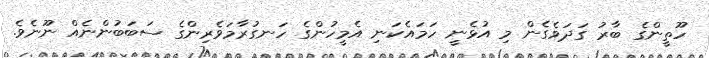
ހޫތީންގެ ބާރު ގަދަވެގެން މި އުޅެނީ ހަމައެކަނި އެމީހުންގެ ހަނގުރާމަވެރިންގެ ސަބަބުންނެއް ނޫނެވެ.